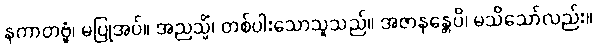
နကာတဗ္ဗံ၊ မပြုအပ်။ အညသ္မိံ၊ တစ်ပါးသောသူသည်။ အဇာနန္တေပိ၊ မသိသော်လည်း။